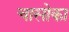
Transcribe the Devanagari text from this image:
चासोका